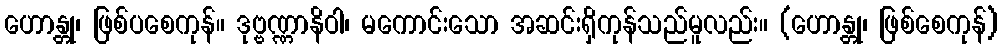
ဟောန္တု၊ ဖြစ်ပစေကုန်။ ဒုဗ္ဗဏ္ဏာနိဝါ၊ မကောင်းသော အဆင်းရှိကုန်သည်မူလည်း။ (ဟောန္တု၊ ဖြစ်စေကုန်)